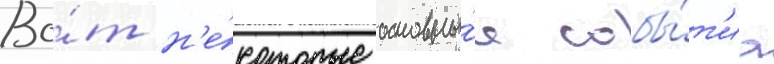
Во́т н'е́которые основны́е собы́т'иа